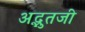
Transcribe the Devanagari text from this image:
अद्भुतजी